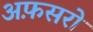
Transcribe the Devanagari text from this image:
अफ़सरो